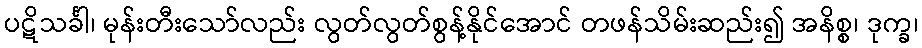
ပဋိသင်္ခါ၊ မုန်းတီးသော်လည်း လွတ်လွတ်စွန့်နိုင်အောင် တဖန်သိမ်းဆည်း၍ အနိစ္စ၊ ဒုက္ခ၊